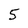
Character: 5